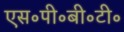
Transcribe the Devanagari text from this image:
एस॰पी॰बी॰टी॰